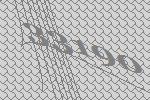
33190